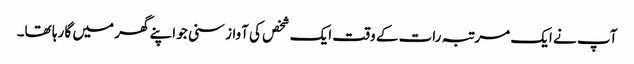
آپ نے ایک مرتبہ رات کے وقت ایک شخص کی آواز سنی جو اپنے گھر میں گا رہا تھا۔